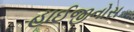
હાઈજીનોસ